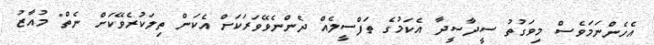
އެހެންނަމަވެސް މިވަގުތު ސީދާސީދާ އެކަމުގެ ތަފްސީލެއް ދެންނެވޭވަރަކަށް އެކަން ތިލަކުރެވޭކަށް ނެތް" މުއާޒު